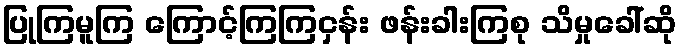
ပြုကြမူကြ ကြောင့်ကြကြငှန်း ဖန်းခါးကြစု သိမှုခေါ်ဆို